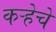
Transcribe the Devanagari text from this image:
कऱ्हेचे